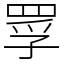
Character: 罦